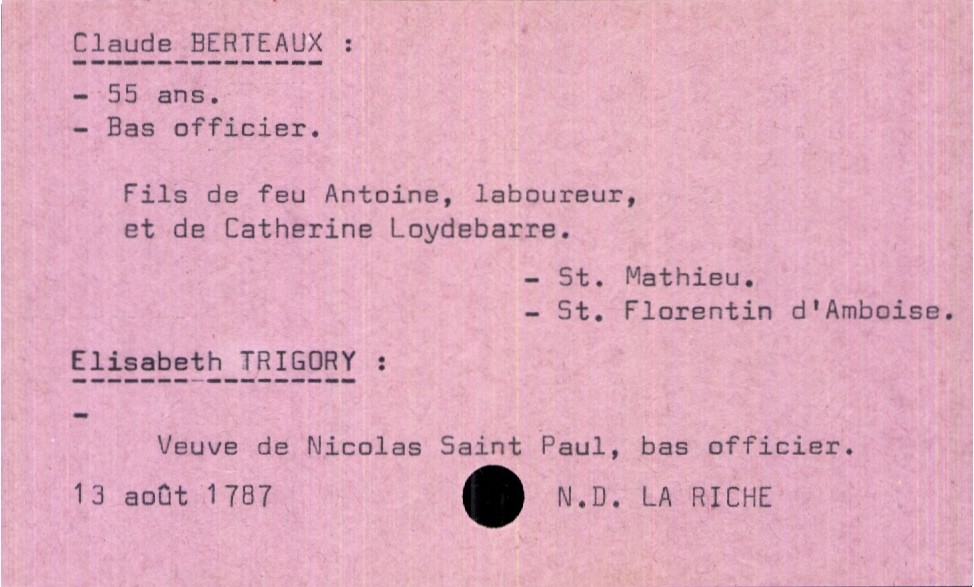
type_acte: Mariage
année: 1787
mois: août
jour: 13
paroisse: Notre Dame La Riche
marié_nom: Berteaux
marié_prénom: Claude
marié_âge: 55 ans
marié_profession: bas officier
marié_lieu_de_vie: Saint Florentin d'Amboise
marié_lieu_de_naissance: Saint Mathieu
père_marié_nom: Berteaux
père_marié_prénom: Antoine
père_marié_profession: laboureur
père_marié_statut: décédé
mère_marié_nom: Loydebarre
mère_marié_prénom: Catherine
mariée_nom: Trigory
mariée_prénom: Elisabeth
mariée_statut: veuve